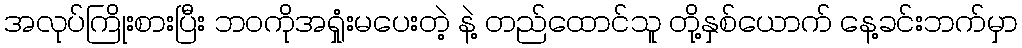
အလုပ်ကြိုးစားပြီး ဘဝကိုအရှုံးမပေးတဲ့ နဲ့ တည်ထောင်သူ တို့နှစ်ယောက် နေ့ခင်းဘက်မှာ